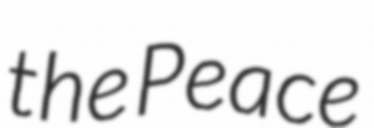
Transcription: the Peace